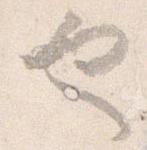
也